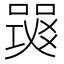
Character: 𤕧